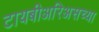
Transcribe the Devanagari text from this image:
टायबीअरिअसच्या